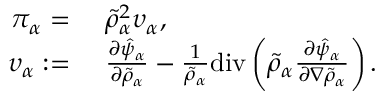
\begin{array} { r l } { \pi _ { \alpha } = } & { ~ \tilde { \rho } _ { \alpha } ^ { 2 } \upsilon _ { \alpha } , } \\ { \upsilon _ { \alpha } : = } & { ~ \frac { \partial \hat { \psi } _ { \alpha } } { \partial \tilde { \rho } _ { \alpha } } - \frac { 1 } { \tilde { \rho } _ { \alpha } } \mathrm { d i v } \left( \tilde { \rho } _ { \alpha } \frac { \partial \hat { \psi } _ { \alpha } } { \partial \nabla \tilde { \rho } _ { \alpha } } \right) . } \end{array}